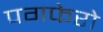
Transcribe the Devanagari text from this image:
पगफेरो